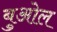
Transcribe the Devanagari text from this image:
बुओल